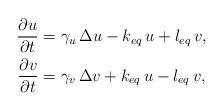
LaTeX: \begin{align*} \displaystyle{\frac{\partial u}{\partial t}} & = \gamma_u\, \Delta u - k_{eq}\,u + l_{eq}\,v, \\ \displaystyle{\frac{\partial v}{\partial t}} &= \gamma_v\, \Delta v + k_{eq}\,u - l_{eq}\,v, \end{align*}